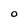
Character: o